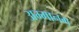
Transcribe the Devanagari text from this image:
अम्मानम